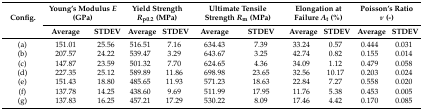
| <ROWSPAN=2> Config. | <COLSPAN=2> Young’s Modulus E (GPa) | <COLSPAN=2> Yield Strength Rp0.2 (MPa) | <COLSPAN=2> Ultimate Tensile Strength Rm (MPa) | <COLSPAN=2> Elongation at Failure At (%) | <COLSPAN=2> Poisson’s Ratio ν (-) |
 | Average | STDEV | Average | STDEV | Average | STDEV | Average | STDEV | Average | STDEV |
 | --- | --- | --- | --- | --- | --- | --- | --- | --- | --- | --- |
 | (a) | 151.01 | 25.56 | 516.51 | 7.16 | 634.43 | 7.39 | 33.24 | 0.57 | 0.444 | 0.031 |
 | (b) | 207.57 | 24.22 | 539.47 | 3.29 | 643.67 | 3.25 | 42.74 | 0.82 | 0.155 | 0.014 |
 | (c) | 147.87 | 23.59 | 501.32 | 7.70 | 624.65 | 4.36 | 34.09 | 1.12 | 0.479 | 0.058 |
 | (d) | 227.35 | 25.12 | 589.89 | 11.86 | 698.98 | 23.65 | 32.56 | 10.17 | 0.203 | 0.024 |
 | (e) | 151.43 | 18.80 | 485.65 | 11.93 | 571.23 | 18.63 | 22.84 | 7.27 | 0.558 | 0.020 |
 | (f) | 137.78 | 14.25 | 438.60 | 9.69 | 511.99 | 17.95 | 11.76 | 5.38 | 0.453 | 0.005 |
 | (g) | 137.83 | 16.25 | 457.21 | 17.29 | 530.22 | 8.09 | 17.46 | 4.42 | 0.170 | 0.085 |